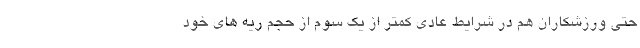
حتی ورزشکاران هم در شرایط عادی کمتر از یک سوم از حجم ریه های خود